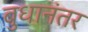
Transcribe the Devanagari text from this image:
बुधानंतर